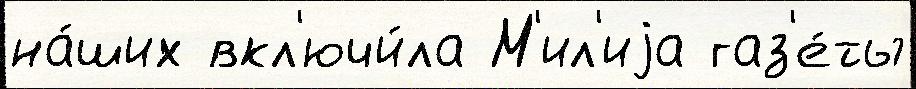
на́ших вкл'ючи́ла М'ил'иjа газ'е́ты